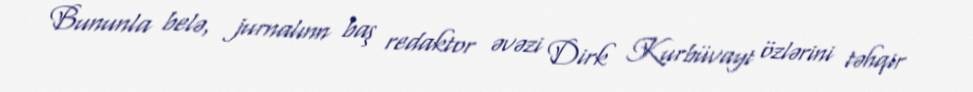
Bununla belə, jurnalınn baş redaktor əvəzi Dirk Kurbüvayt özlərini təhqir